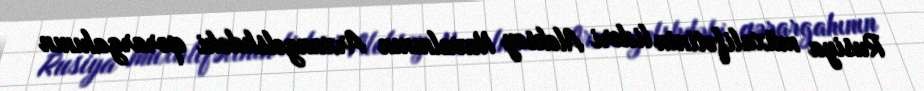
Rusiya müxalifətinin lideri Aleksey Navalnının Arxangelskdəki qərargahının